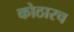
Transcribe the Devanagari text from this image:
कोठारच